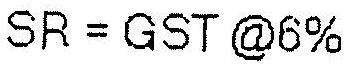
SR = GST @6%